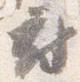
府